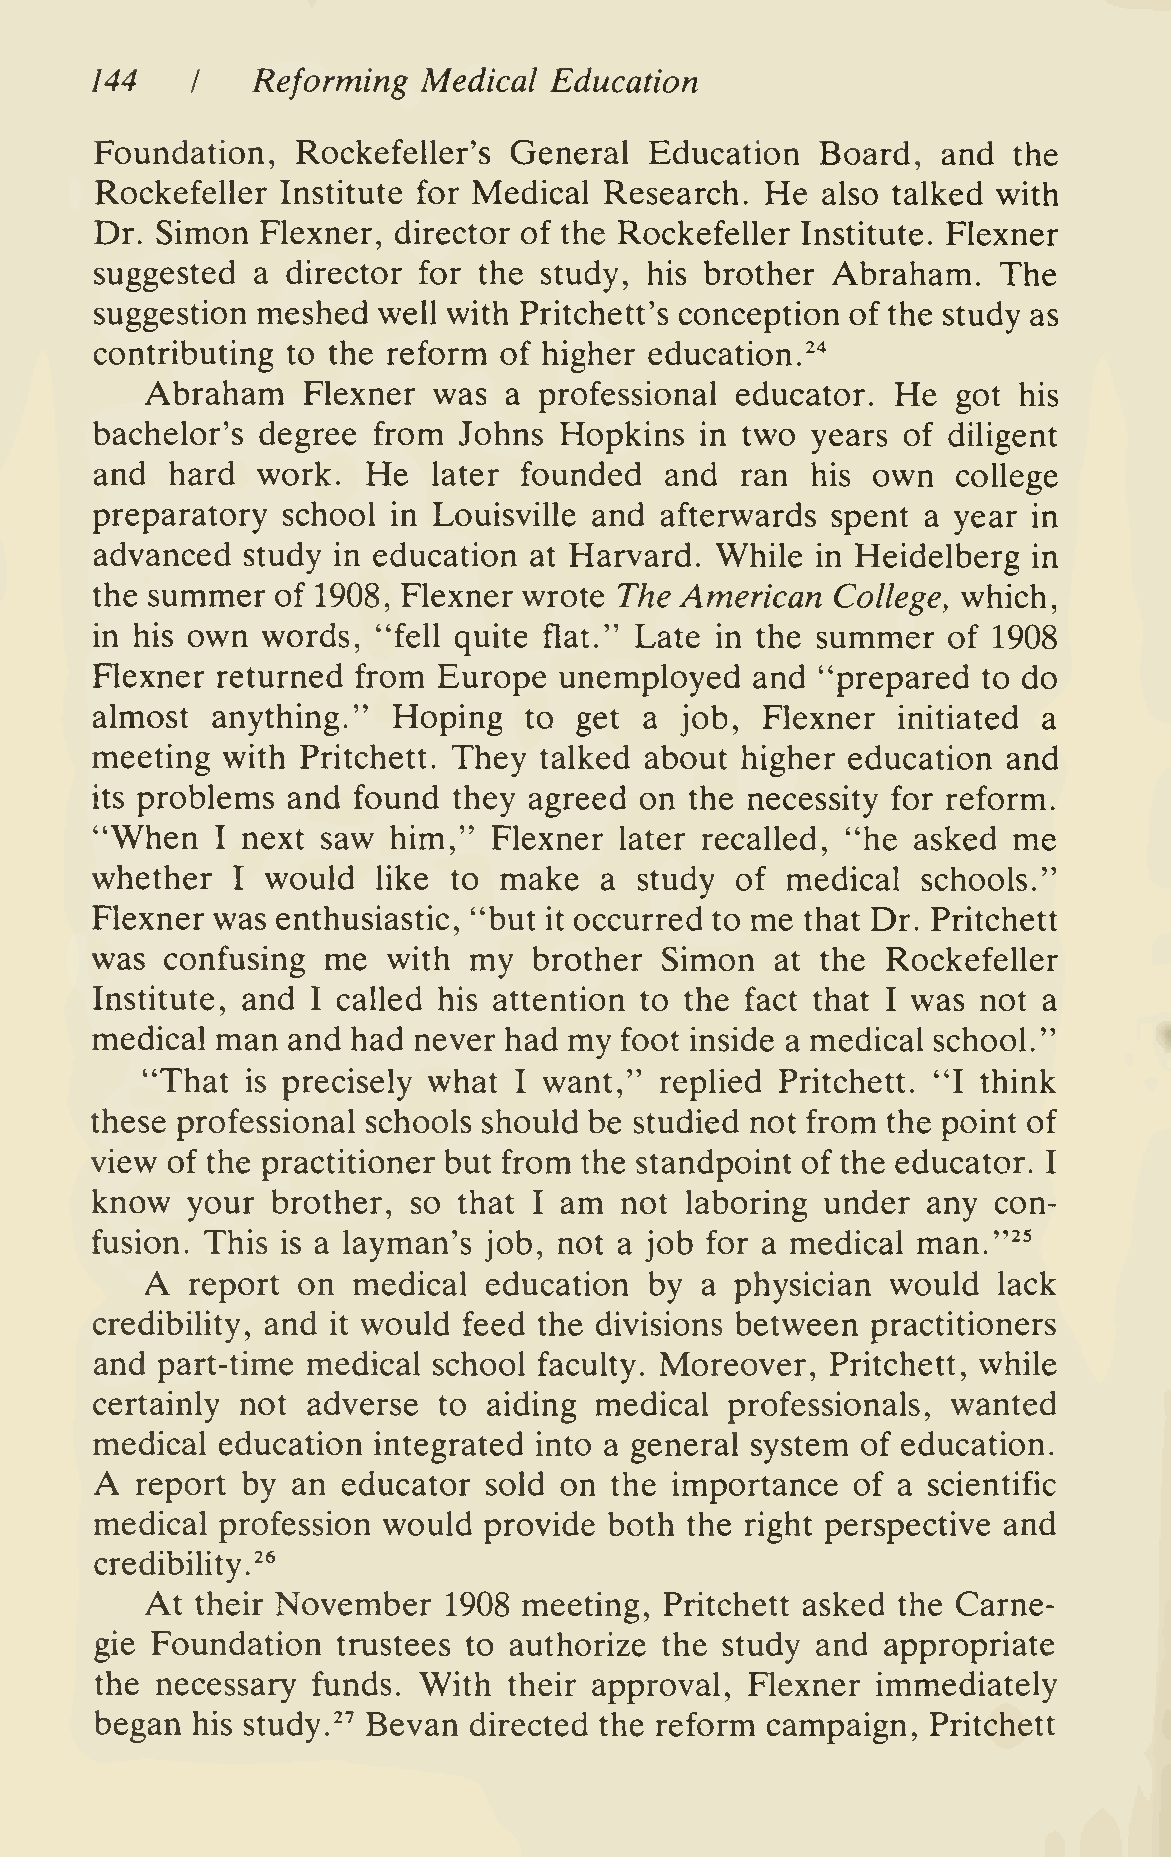
144        Reforming  Medical Education
 I
 Foundation,   Rockefeller's General  Education  Board,  and  the
 Rockefeller  Institute for Medical Research. He also talked with
 Dr. Simon  Flexner, director of the Rockefeller Institute. Flexner
 suggested  a director for the study, his brother Abraham.   The
 suggestion meshed  well with Pritchett's conception of the study as
 contributing to the reform of higher education.^"^
 Abraham   Flexner  was a  professional educator. He  got his
 bachelor's degree  from Johns  Hopkins  in two  years of diligent
 and  hard  work.  He   later founded  and  ran  his own  college
 preparatory  school in Louisville and afterwards spent a year in
 advanced  study in education at Harvard. While  in Heidelberg in
 the summer  of 1908, Flexner wrote The American  College, which,
 in his own words,  "fell quite flat." Late in the summer of 1908
 Flexner returned  from Europe  unemployed   and "prepared  to do
 almost  anything."  Hoping   to get  a job, Flexner  initiated a
 meeting  with Pritchett. They talked about higher education  and
 its problems and found  they agreed on  the necessity for reform.
 "When   I next saw  him,"  Flexner later recalled, "he asked me
 whether  I  would  like to make   a study  of medical  schools."
 Flexner was enthusiastic, "but  occurred to me that Dr. Pritchett
 it
 was  confusing me   with my  brother  Simon  at the  Rockefeller
 Institute, and I called his attention to the fact that I was not a
 medical man  and had never had  my foot inside a medical school."
 "That  is precisely what I want,"  replied Pritchett. "I think
 these professional schools should be studied not from the point of
 view of the practitioner but from the standpoint of the educator.
 I
 know  your  brother, so that I am  not laboring  under any  con-
 fusion. This is a layman's job, not a job for a medical man."^^
 A
 report on medical  education  by a  physician would  lack
 credibility, and it would feed the divisions between practitioners
 and part-time medical  school faculty. Moreover, Pritchett, while
 certainly not adverse  to aiding medical  professionals, wanted
 medical education  integrated into a general system of education.
 A
 report by an  educator sold on the  importance  of a scientific
 medical  profession would provide both the right perspective and
 credibility.^^
 At their November  1908  meeting, Pritchett asked the Carne-
 gie Foundation  trustees to authorize the study and  appropriate
 the necessary  funds. With  their approval, Flexner immediately
 began  his study.^"^ Bevan directed the reform campaign, Pritchett